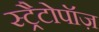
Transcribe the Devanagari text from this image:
स्ट्रैटोपॉज़